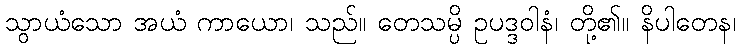
သွာယံသော အယံ ကာယော၊ သည်။ တေသမ္ပိ ဥပဒ္ဒဝါနံ၊ တို့၏။ နိပါတေန၊